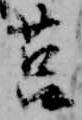
莒